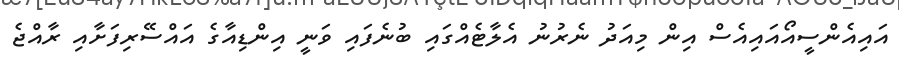
އައިއެންސީއޯއައިއެސް އިން މިއަދު ނެރުނު އެލާޓެއްގައި ބުނެފައި ވަނީ އިންޑިއާގެ އައްސޭރިފަށާއި ރާއްޖެ